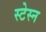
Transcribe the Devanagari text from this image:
स्टेस्न